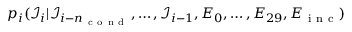
p _ { i } ( { \mathcal I } _ { i } | { \mathcal I } _ { i - n _ { \mathrm { ~ c ~ o ~ n ~ d ~ } } } , \dots , { \mathcal I } _ { i - 1 } , E _ { 0 } , \dots , E _ { 2 9 } , E _ { \mathrm { ~ i ~ n ~ c ~ } } )